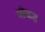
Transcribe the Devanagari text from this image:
भीकह